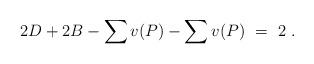
LaTeX: \begin{align*} 2D + 2 B - \sum_{} v(P) - \sum_{} v(P) \ = \ 2 \ .\end{align*}